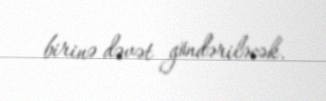
birinə dəvət göndəriləcək.